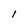
Character: l